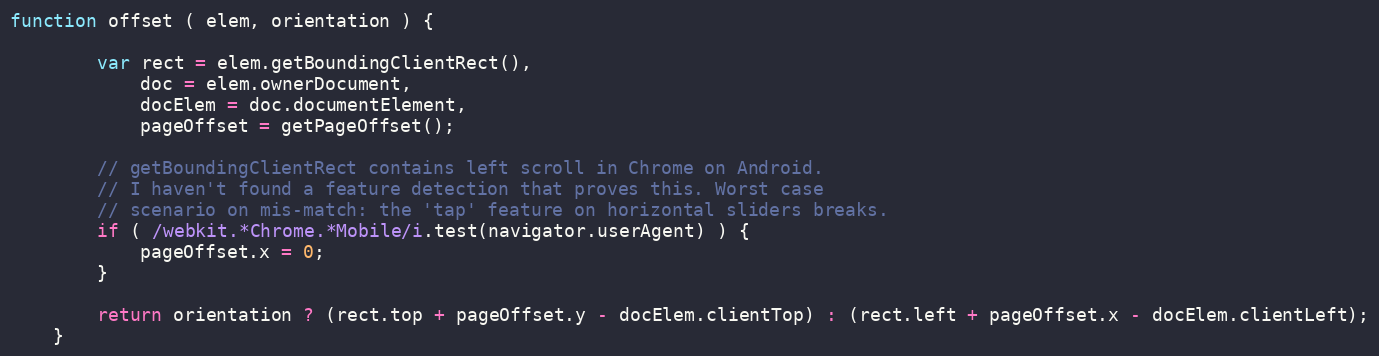
Language: JavaScript
function offset ( elem, orientation ) {

        var rect = elem.getBoundingClientRect(),
            doc = elem.ownerDocument,
            docElem = doc.documentElement,
            pageOffset = getPageOffset();

        // getBoundingClientRect contains left scroll in Chrome on Android.
        // I haven't found a feature detection that proves this. Worst case
        // scenario on mis-match: the 'tap' feature on horizontal sliders breaks.
        if ( /webkit.*Chrome.*Mobile/i.test(navigator.userAgent) ) {
            pageOffset.x = 0;
        }

        return orientation ? (rect.top + pageOffset.y - docElem.clientTop) : (rect.left + pageOffset.x - docElem.clientLeft);
    }